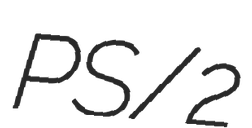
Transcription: PS/2